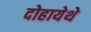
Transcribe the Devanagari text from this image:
दोहायेथे